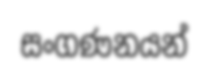
සංගණනයන්